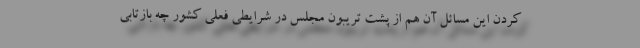
کردن این مسائل آن هم از پشت تریبون مجلس در شرایطی فعلی کشور چه بازتابی